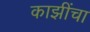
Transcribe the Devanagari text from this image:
काझींचा